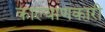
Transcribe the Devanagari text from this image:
काल्याणकारी